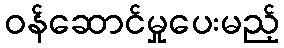
ဝန်ဆောင်မှုပေးမည့်